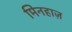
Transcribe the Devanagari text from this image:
मिनहाज़